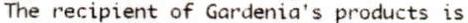
THE RECIPIENT OF GARDENIA'S PRODUCTS IS